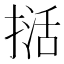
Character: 𭡭